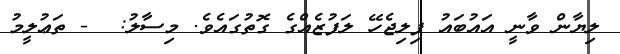
ލިޔާން ވާނީ އައުބައު ފިލިޖެހޭ ލަފުޒެއްގެ ގޮތުގައެވެ. މިސާލު:  - ތަޢުލީމު